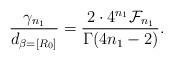
LaTeX: \begin{align*}\frac{\gamma_{n_1}}{d_{\beta=[R_0]}}=\frac{2\cdot 4^{n_1}{\cal F}_{n_1}}{\Gamma(4n_1-2)}.\end{align*}